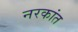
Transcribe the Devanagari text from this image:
नरकांत